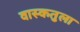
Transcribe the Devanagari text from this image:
वास्कतुला